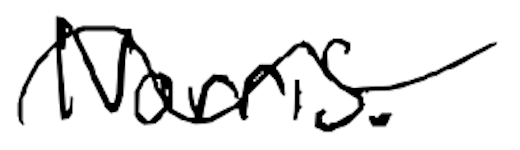
Text: Norris.
Cross-out: wave
Writing tool: digital_black